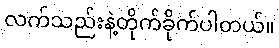
လက်သည်းနဲ့တိုက်ခိုက်ပါတယ်။